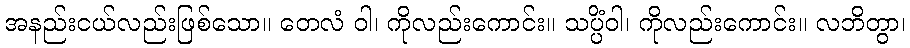
အနည်းငယ်လည်းဖြစ်သော။ တေလံ ဝါ၊ ကိုလည်းကောင်း။ သပ္ပိံဝါ၊ ကိုလည်းကောင်း။ လဘိတွာ၊